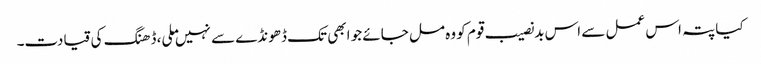
کیا پتہ اس عمل سے اس بدنصیب قوم کو وہ مل جائے جو ابھی تک ڈھونڈے سے نہیں ملی، ڈھنگ کی قیادت۔